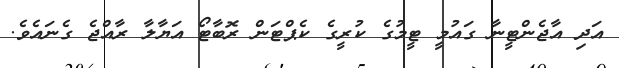
އަދި އާޖެންޓީނާ ގައުމީ ޓީމުގެ ކުރީގެ ކެޕްޓަން ރޮބާޓޯ އަޔާލާ ރާއްޖެ ގެނައެވެ.